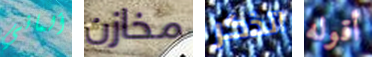
ألماني مخازن اتذكر أقوله